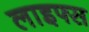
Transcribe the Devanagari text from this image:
लाइफ्स